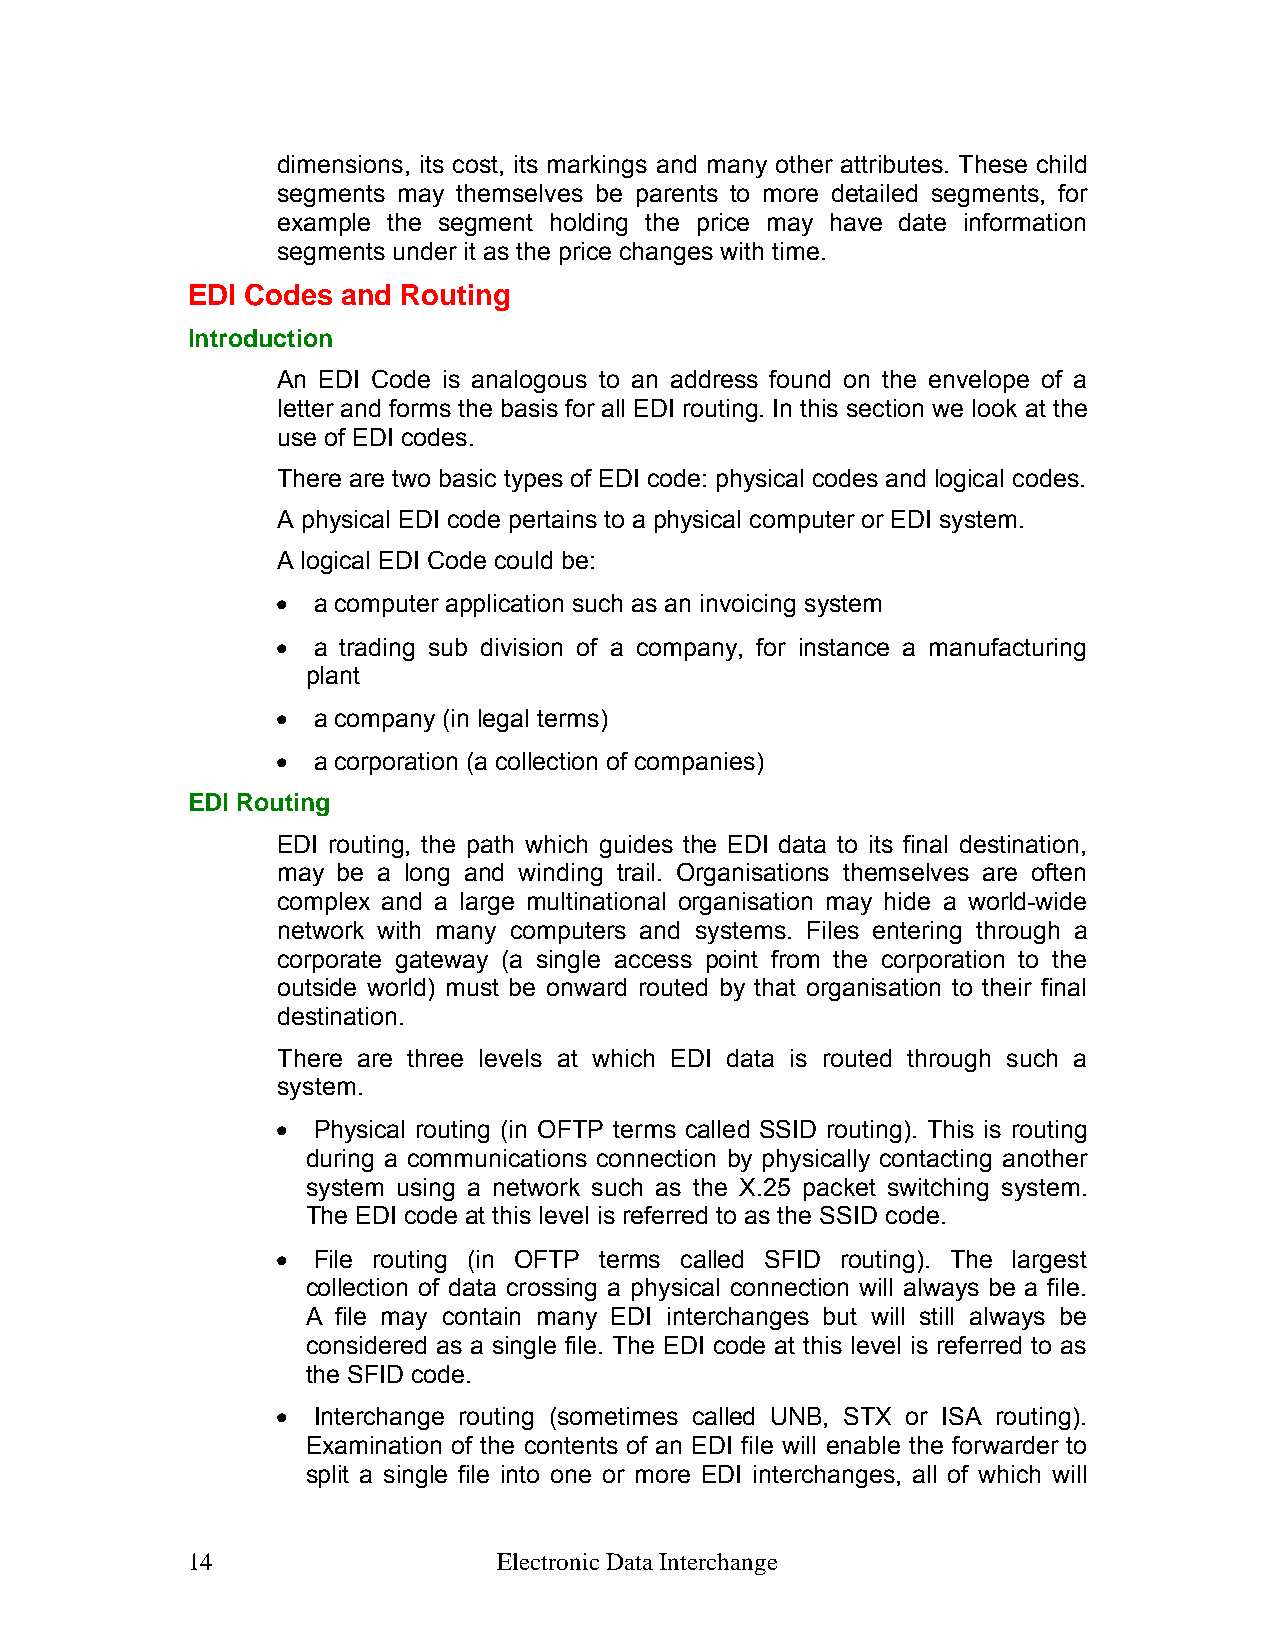
dimensions, its cost, its markings and many other attributes. These child
 segments may themselves be parents to more detailed segments, for
 example the segment holding the price may have date information
 segments under it as the price changes with time.
 EDI Codes  and Routing
 Introduction
 An EDI Code is analogous to an address found on the envelope of a
 letter and forms the basis for all EDI routing. In this section we look at the
 use of EDI codes.
 There are two basic types of EDI code: physical codes and logical codes.
 A physical EDI code pertains to a physical computer or EDI system.
 A logical EDI Code could be:
 •  a computer application such as an invoicing system
 •  a trading sub division of a company, for instance a manufacturing
 plant
 •  a company (in legal terms)
 •  a corporation (a collection of companies)
 EDI Routing
 EDI routing, the path which guides the EDI data to its final destination,
 may be a long and winding trail. Organisations themselves are often
 complex and a large multinational organisation may hide a world-wide
 network with many computers and systems. Files entering through a
 corporate gateway (a single access point from the corporation to the
 outside world) must be onward routed by that organisation to their final
 destination.
 There are three levels at which EDI data is routed through such a
 system.
 •  Physical routing (in OFTP terms called SSID routing). This is routing
 during a communications connection by physically contacting another
 system using a network such as the X.25 packet switching system.
 The EDI code at this level is referred to as the SSID code.
 •  File routing (in OFTP terms called SFID routing). The largest
 collection of data crossing a physical connection will always be a file.
 A file may contain many EDI interchanges but will still always be
 considered as a single file. The EDI code at this level is referred to as
 the SFID code.
 •  Interchange routing (sometimes called UNB, STX or ISA routing).
 Examination of the contents of an EDI file will enable the forwarder to
 split a single file into one or more EDI interchanges, all of which will
 14                   Electronic Data Interchange